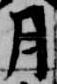
月